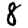
Digit: 8